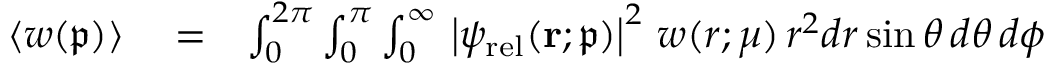
\begin{array} { r l r } { \langle \mathpalette { w } ( \mathfrak { p } ) \rangle } & { { } = } & { \int _ { 0 } ^ { 2 \pi } \int _ { 0 } ^ { \pi } \int _ { 0 } ^ { \infty } \, \left| \psi _ { \mathrm { r e l } } ( \mathbf { r } ; \mathfrak { p } ) \right| ^ { 2 } \, \mathpalette { w } ( r ; \mu ) \, r ^ { 2 } d r \sin \theta \, d \theta \, d \phi } \end{array}